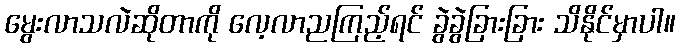
မွေးလာသလဲဆိုတာကို လေ့လာညကြည့်ရင် ခွဲခွဲခြားခြား သိနိုင်မှာပါ။